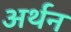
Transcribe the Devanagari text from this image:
अर्थन